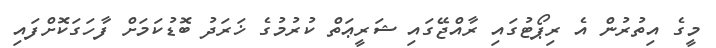
މީގެ އިތުރުން އެ ރިޕޯޓުގައި ރާއްޖޭގައި ޝަރީޢަތް ކުރުމުގެ ޚަރަދު ބޮޑުކަމަށް ފާހަގަކޮށްފައި